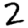
Digit: 2